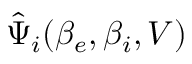
\hat { \Psi } _ { i } ( \beta _ { e } , \beta _ { i } , V )